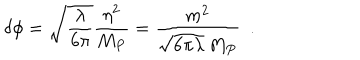
\delta \phi = \sqrt { \frac { \lambda } { 6 \pi } } { \frac { \eta ^ { 2 } } { M _ { P } } } = { \frac { m ^ { 2 } } { \sqrt { 6 \pi \lambda } \, M _ { P } } } \ ~ .